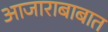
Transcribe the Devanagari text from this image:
आजाराबाबात